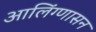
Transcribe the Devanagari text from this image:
आलिंग्णासन